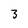
Character: 3